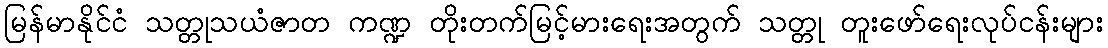
မြန်မာနိုင်ငံ သတ္တုသယံဇာတ ကဏ္ဍ တိုးတက်မြင့်မားရေးအတွက် သတ္တု တူးဖော်ရေးလုပ်ငန်းများ